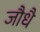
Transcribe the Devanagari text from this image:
जौधै